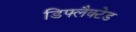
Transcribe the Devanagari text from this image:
डिफ्लैक्टेड